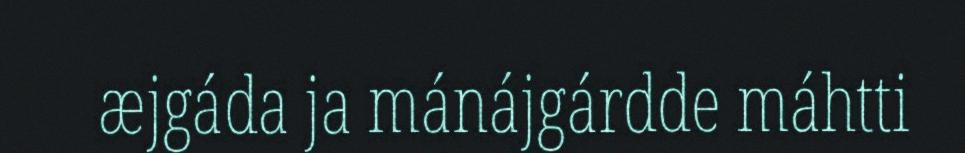
æjgáda ja mánájgárdde máhtti